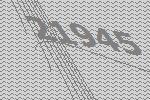
21945